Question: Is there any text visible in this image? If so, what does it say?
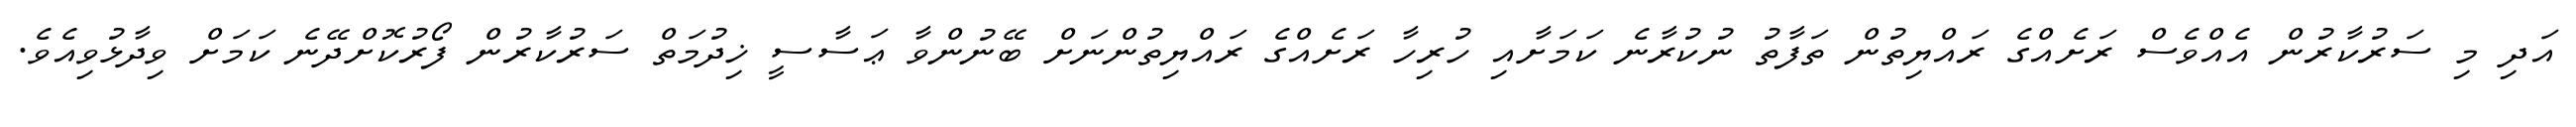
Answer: އަދި މި ސަރުކާރުން އެއްވެސް ރަށެއްގެ ރައްޔިތުން ތަފާތު ނުކުރާނެ ކަމަށާއި ހުރިހާ ރަށެއްގެ ރައްޔިތުންނަށް ބޭނުންވާ ޢަސާސީ ޚިދުމަތް ސަރުކާރުން ފޯރުކޮށްދޭނެ ކަމަށް ވިދާޅުވިއެވެ.